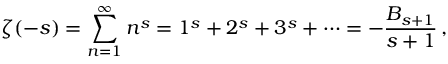
\zeta ( - s ) = \sum _ { n = 1 } ^ { \infty } n ^ { s } = 1 ^ { s } + 2 ^ { s } + 3 ^ { s } + \cdots = - { \frac { B _ { s + 1 } } { s + 1 } } \, ,